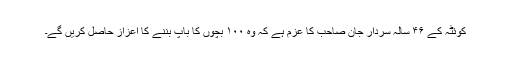
کوئٹہ کے ۴۶ سالہ سردار جان صاحب کا عزم ہے کہ وہ ۱۰۰ بچوں کا باپ بننے کا اعزاز حاصل کریں گے۔